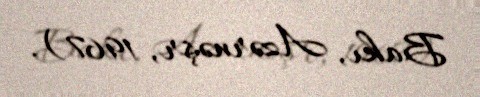
Bakı, Azərnəşr, 1967).